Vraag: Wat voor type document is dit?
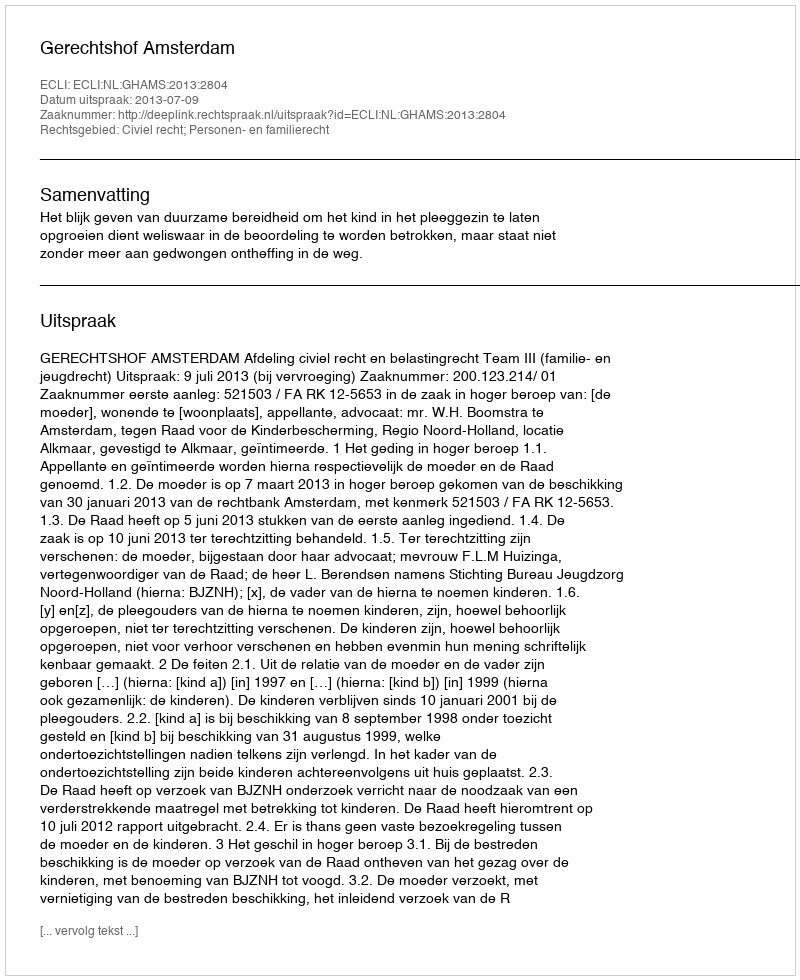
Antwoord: Uitspraak